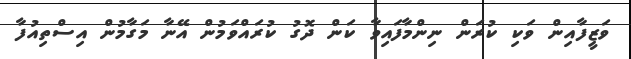
ވަޒީފާއިން ވަކި ކުރަން ނިންމާފައިވާ ކަން ދޮގު ކުރައްވަމުން އޭނާ މަގާމުން އިސްތިއުފާ